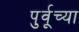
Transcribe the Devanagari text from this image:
पुर्वूच्या